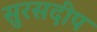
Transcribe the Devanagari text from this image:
सुरसदीप